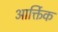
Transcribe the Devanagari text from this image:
आर्क्तिक